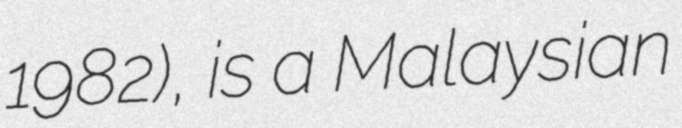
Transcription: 1982), is a Malaysian